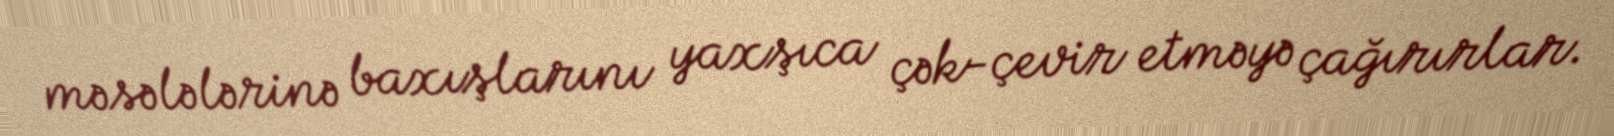
məsələlərinə baxışlarını yaxşıca çək-çevir etməyə çağırırlar.